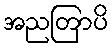
အညတြာပိ